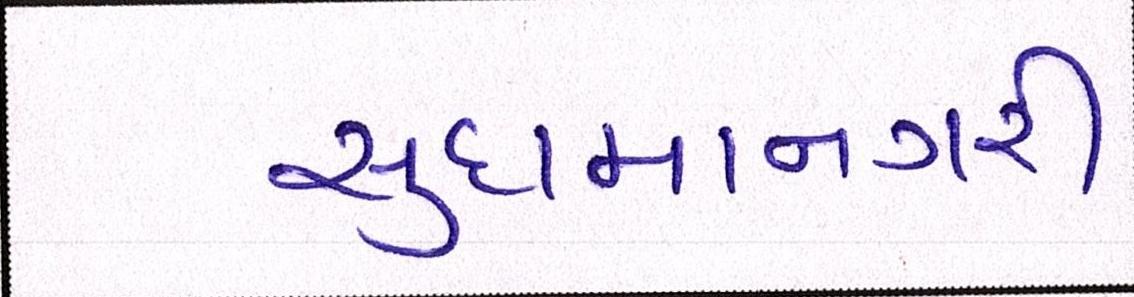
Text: સુદામાનગરી